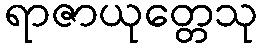
ရာဇာယုတ္တေသု